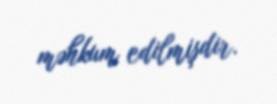
məhkum edilmişdir.